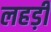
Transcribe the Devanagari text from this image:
लहड़ी